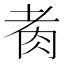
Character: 𦙩